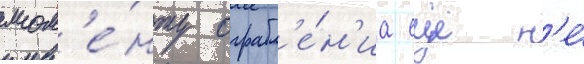
мом'е́нту ограбл'е́н'иа еще н'е́